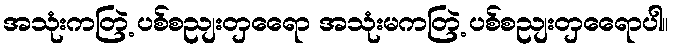
အသုံးကတြဲ့ ပစ်စညျးတှရေော အသုံးမကတြဲ့ ပစ်စညျးတှရေောပါ။